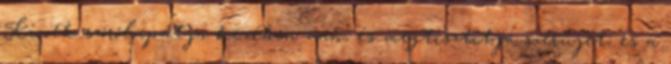
Kinek szórólapátja kezében van, és megtisztítja szérűjét; és a